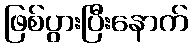
ဖြစ်ပွားပြီးနောက်